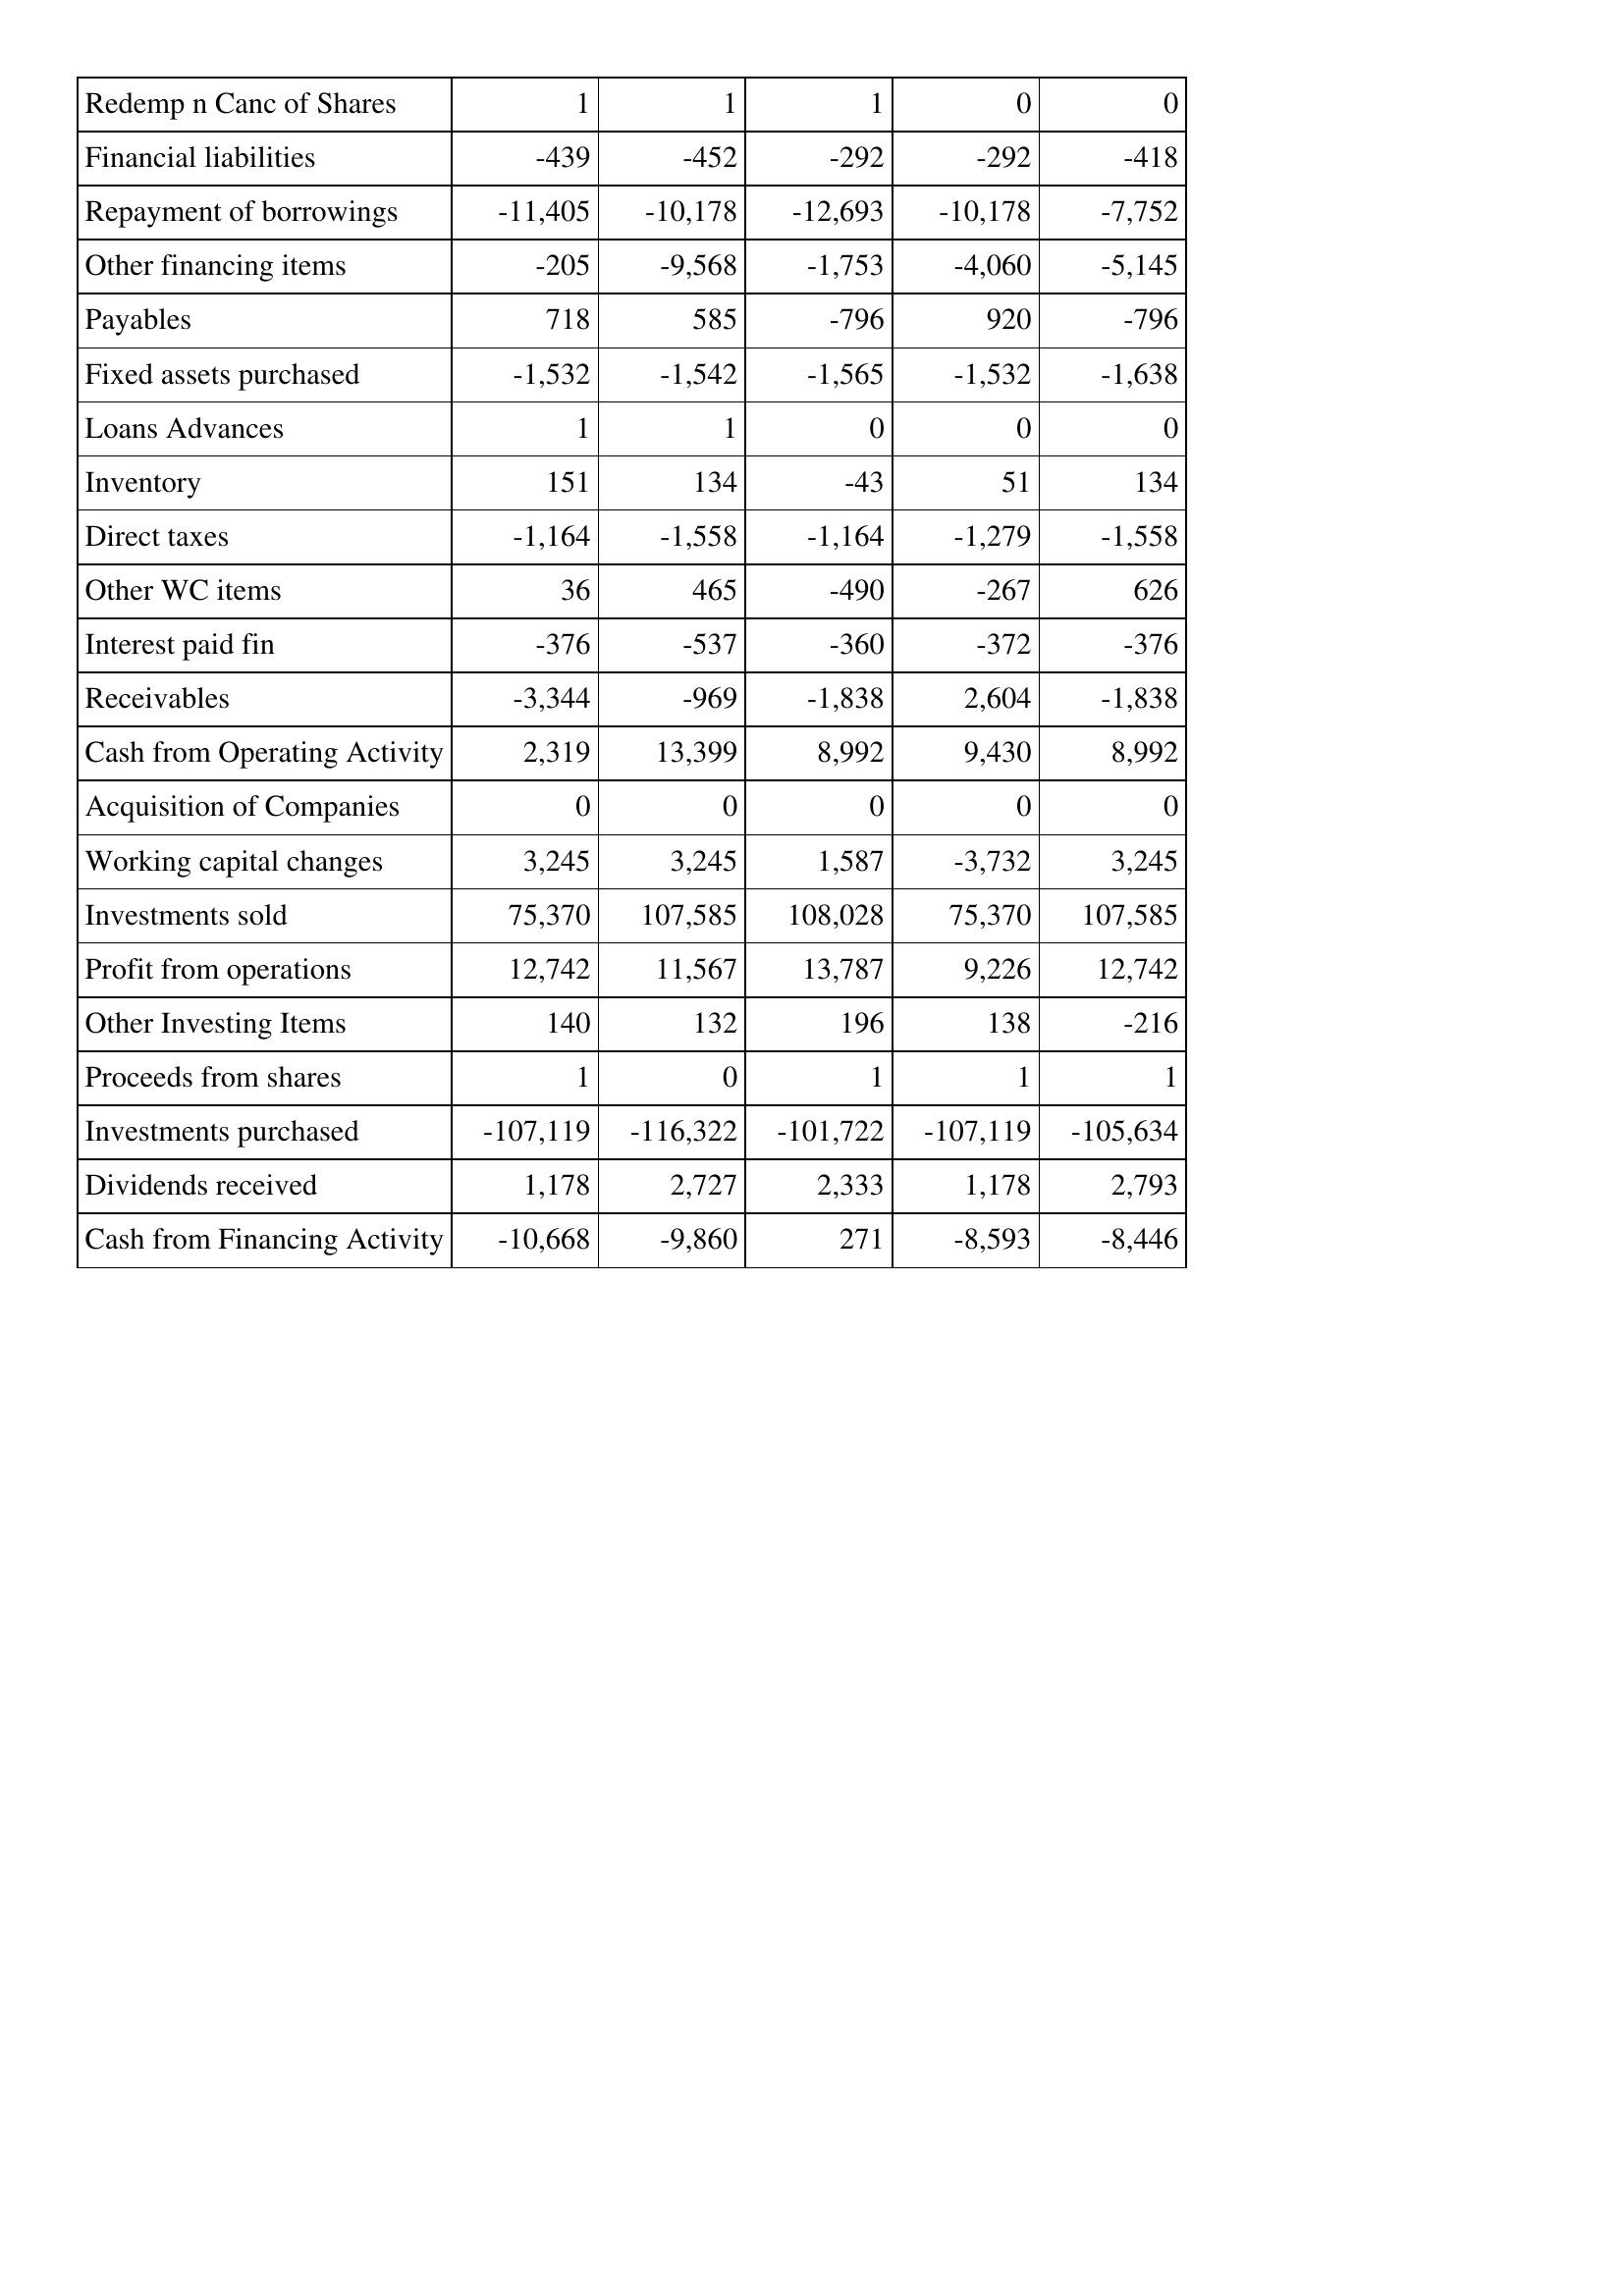
Oct-17: Cash Flows: Redemp n Canc of Shares: 1
Financial liabilities: -439
Repayment of borrowings: -11,405
Other financing items: -205
Payables: 718
Fixed assets purchased: -1,532
Loans Advances: 1
Inventory: 151
Direct taxes: -1,164
Other WC items: 36
Interest paid fin: -376
Receivables: -3,344
Cash from Operating Activity: 2,319
Acquisition of Companies: 0
Working capital changes: 3,245
Investments sold: 75,370
Profit from operations: 12,742
Other Investing Items: 140
Proceeds from shares: 1
Investments purchased: -107,119
Dividends received: 1,178
Cash from Financing Activity: -10,668
Oct-18: Cash Flows: Redemp n Canc of Shares: 1
Financial liabilities: -452
Repayment of borrowings: -10,178
Other financing items: -9,568
Payables: 585
Fixed assets purchased: -1,542
Loans Advances: 1
Inventory: 134
Direct taxes: -1,558
Other WC items: 465
Interest paid fin: -537
Receivables: -969
Cash from Operating Activity: 13,399
Acquisition of Companies: 0
Working capital changes: 3,245
Investments sold: 107,585
Profit from operations: 11,567
Other Investing Items: 132
Proceeds from shares: 0
Investments purchased: -116,322
Dividends received: 2,727
Cash from Financing Activity: -9,860
Oct-19: Cash Flows: Redemp n Canc of Shares: 1
Financial liabilities: -292
Repayment of borrowings: -12,693
Other financing items: -1,753
Payables: -796
Fixed assets purchased: -1,565
Loans Advances: 0
Inventory: -43
Direct taxes: -1,164
Other WC items: -490
Interest paid fin: -360
Receivables: -1,838
Cash from Operating Activity: 8,992
Acquisition of Companies: 0
Working capital changes: 1,587
Investments sold: 108,028
Profit from operations: 13,787
Other Investing Items: 196
Proceeds from shares: 1
Investments purchased: -101,722
Dividends received: 2,333
Cash from Financing Activity: 271
Oct-20: Cash Flows: Redemp n Canc of Shares: 0
Financial liabilities: -292
Repayment of borrowings: -10,178
Other financing items: -4,060
Payables: 920
Fixed assets purchased: -1,532
Loans Advances: 0
Inventory: 51
Direct taxes: -1,279
Other WC items: -267
Interest paid fin: -372
Receivables: 2,604
Cash from Operating Activity: 9,430
Acquisition of Companies: 0
Working capital changes: -3,732
Investments sold: 75,370
Profit from operations: 9,226
Other Investing Items: 138
Proceeds from shares: 1
Investments purchased: -107,119
Dividends received: 1,178
Cash from Financing Activity: -8,593
Oct-21: Cash Flows: Redemp n Canc of Shares: 0
Financial liabilities: -418
Repayment of borrowings: -7,752
Other financing items: -5,145
Payables: -796
Fixed assets purchased: -1,638
Loans Advances: 0
Inventory: 134
Direct taxes: -1,558
Other WC items: 626
Interest paid fin: -376
Receivables: -1,838
Cash from Operating Activity: 8,992
Acquisition of Companies: 0
Working capital changes: 3,245
Investments sold: 107,585
Profit from operations: 12,742
Other Investing Items: -216
Proceeds from shares: 1
Investments purchased: -105,634
Dividends received: 2,793
Cash from Financing Activity: -8,446